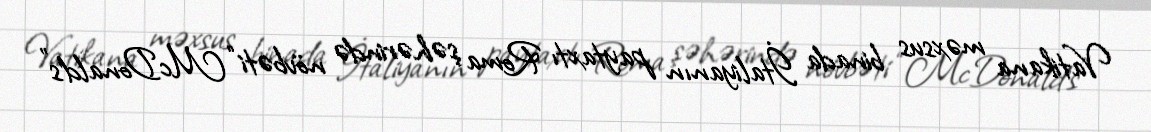
Vatikana məxsus binada İtaliyanın paytaxtı Roma şəhərində növbəti “McDonald's”